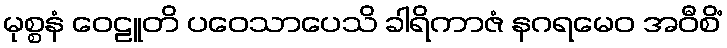
မုစ္စနံ ဝေဠူတိ ပဝေသာပေသိ ခါရိကာဇံ နဂရမေဝ အဝီစိံ